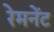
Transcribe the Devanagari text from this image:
रेमनेंट